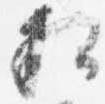
相